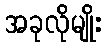
အခုလိုမျိုး